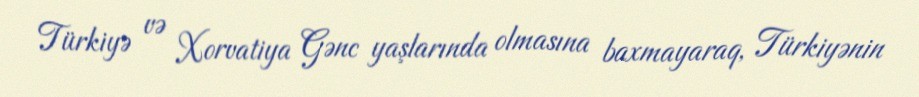
Türkiyə və Xorvatiya Gənc yaşlarında olmasına baxmayaraq, Türkiyənin